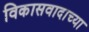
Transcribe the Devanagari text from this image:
विकासवादाच्या